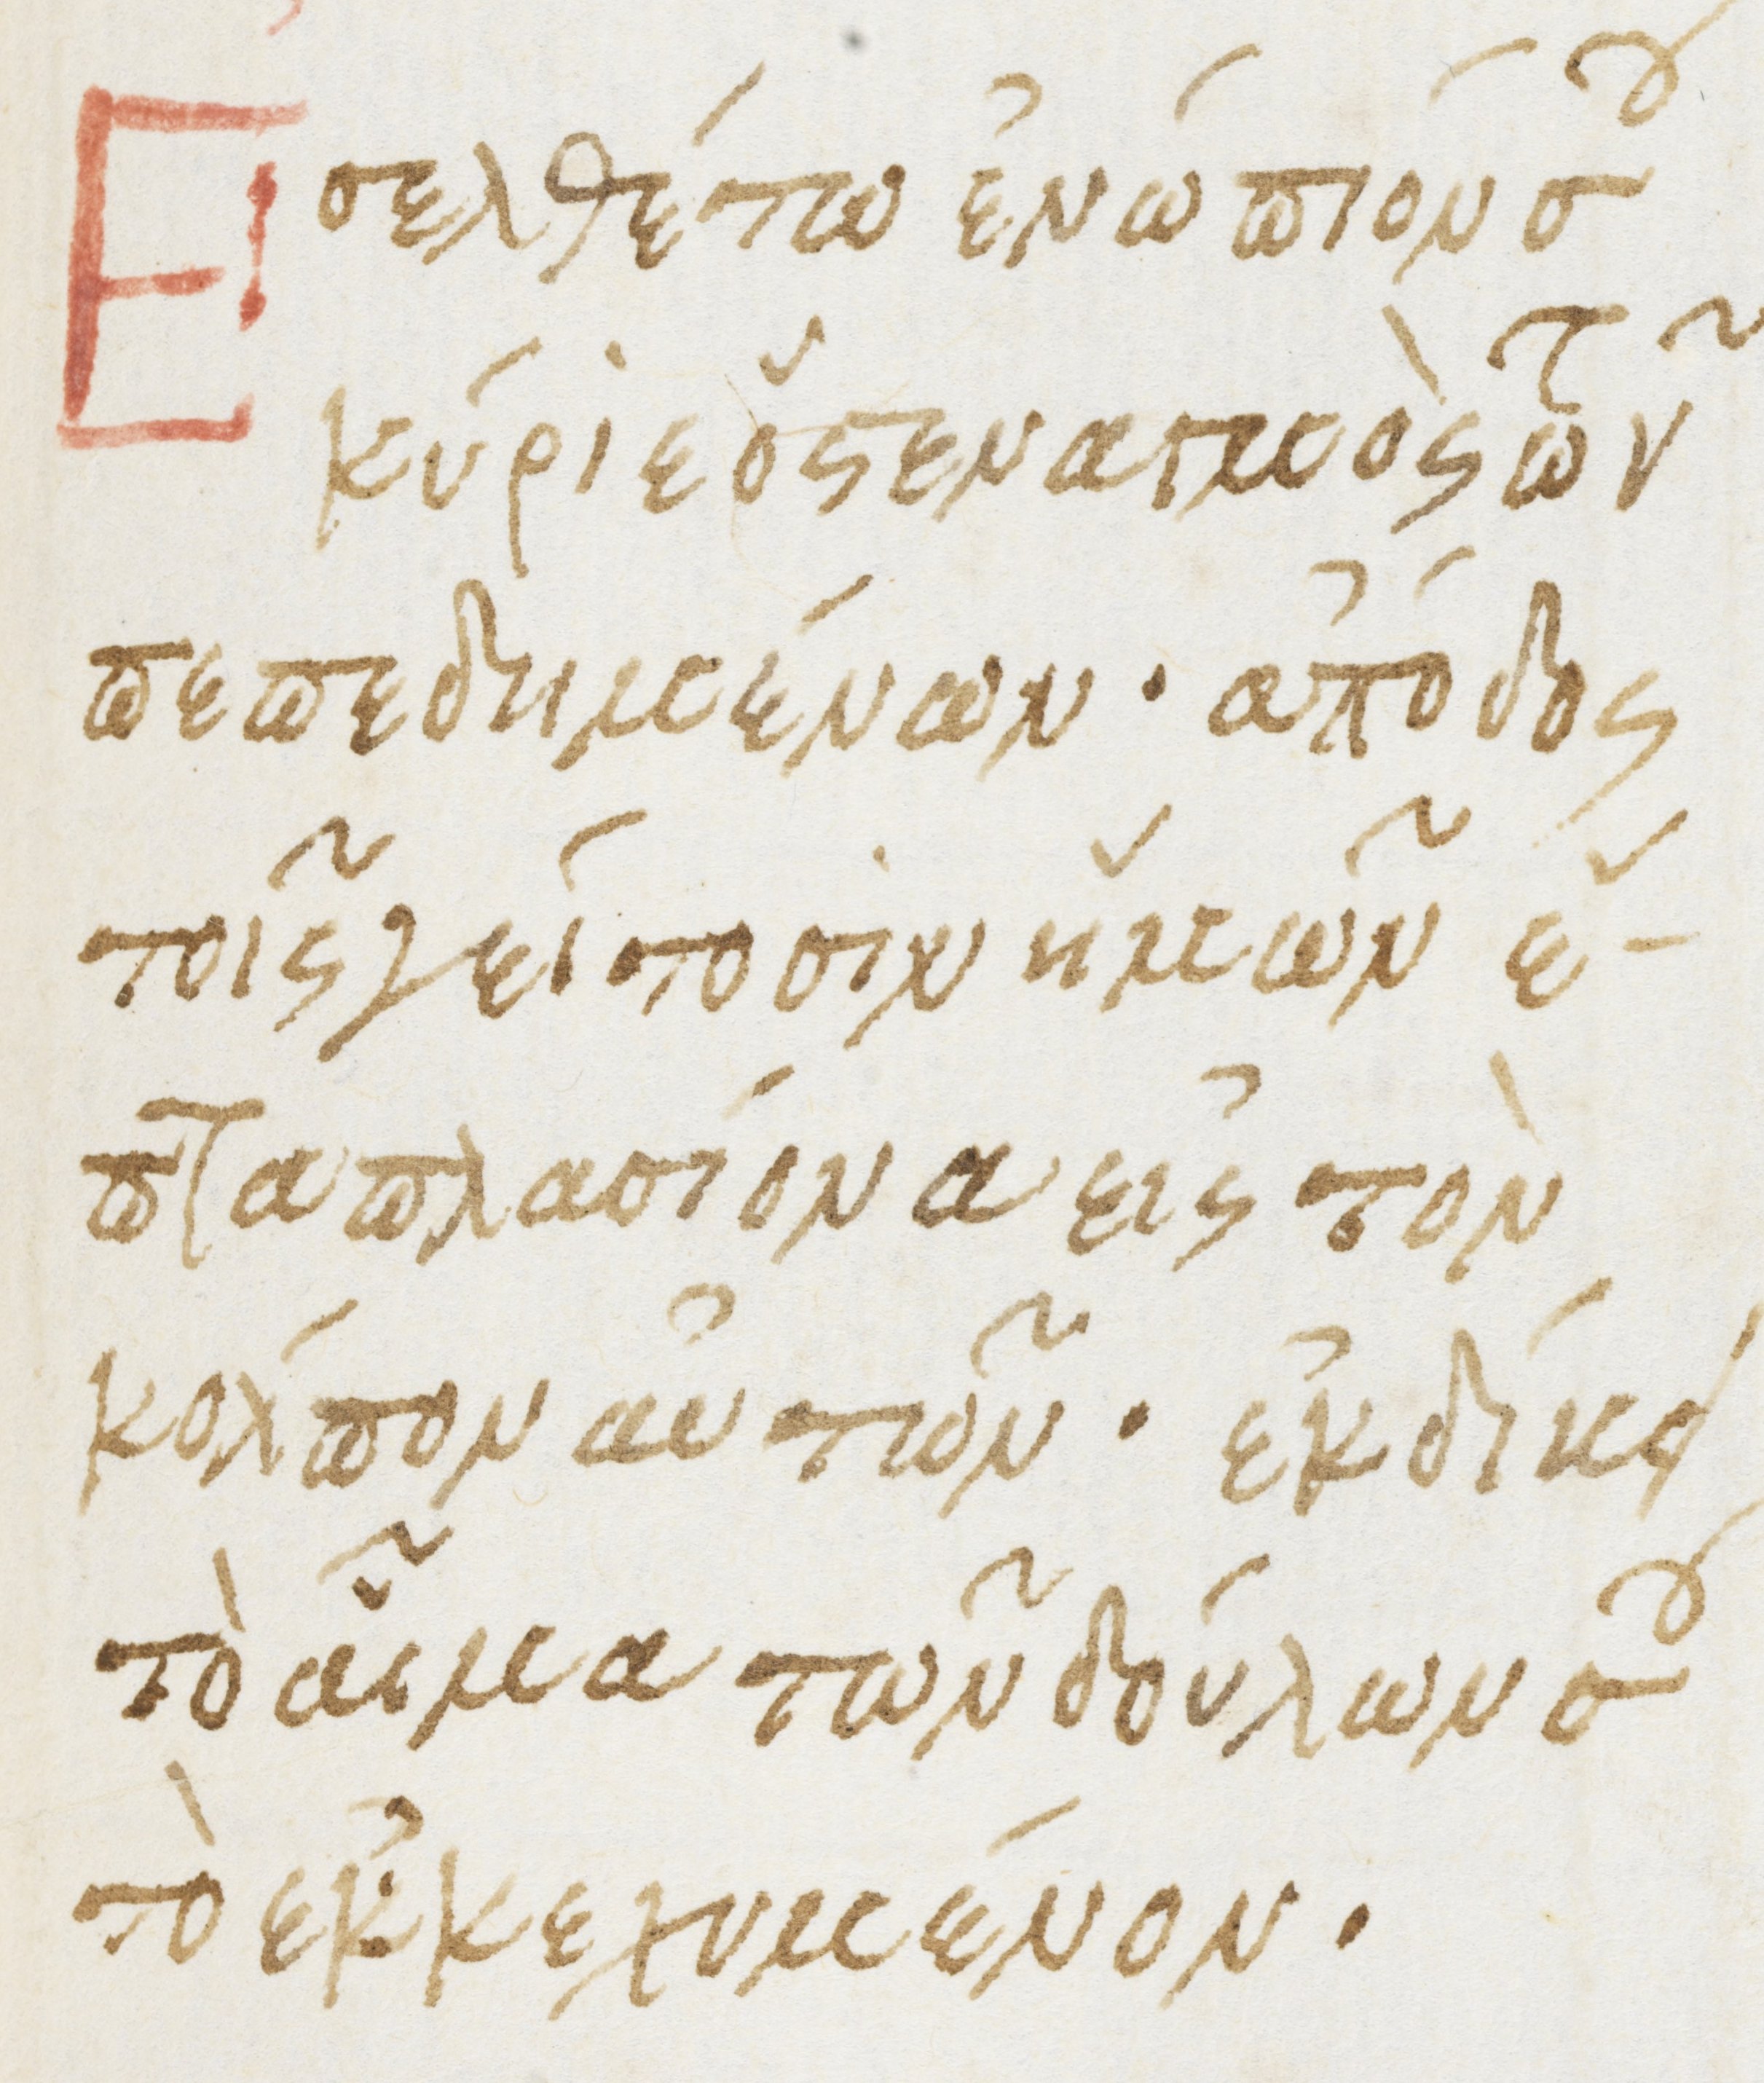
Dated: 1475–1499